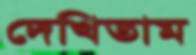
দেখিতাম